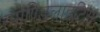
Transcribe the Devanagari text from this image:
स्पाण्डिलाइटिस